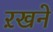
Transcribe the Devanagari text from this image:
ऱखने